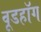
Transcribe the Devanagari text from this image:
वूडहॉग